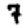
Digit: 7